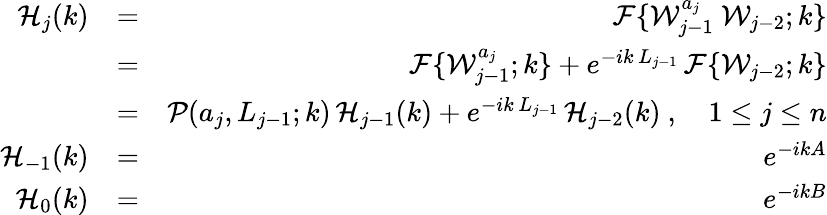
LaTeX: \begin{array}{rlr}{\mathcal{H}_{j}(k)}&{=}&{\mathcal{F}\{ \mathcal{W}_{j-1}^{a_{j}}\ \mathcal{W}_{j-2};k\} }\\ &{=}&{\mathcal{F}\{ \mathcal{W}_{j-1}^{a_{j}};k\} +e^{-ik\, L_{j-1}}\, \mathcal{F}\{ \mathcal{W}_{j-2};k\} }\\ &{=}&{\mathcal{P}(a_{j},L_{j-1};k)\, \mathcal{H}_{j-1}(k)+e^{-ik\, L_{j-1}}\, \mathcal{H}_{j-2}(k)\ ,\quad 1\leq j\leq n}\\ {\mathcal{H}_{-1}(k)}&{=}&{e^{-ikA}}\\ {\mathcal{H}_{0}(k)}&{=}&{e^{-ikB}}\end{array}